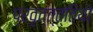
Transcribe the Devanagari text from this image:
प्रवृत्त्त्तियो